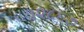
૧૨૮૬૭